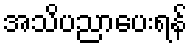
အသိပညာပေးရန်